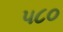
૫૮૦